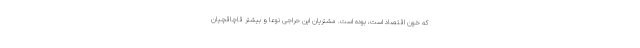
که خون اقتصاد است، بوده است. مشتریان این حراجی نوعا و بیشتر قاچاقچیان